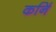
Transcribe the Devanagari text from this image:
कर्नि